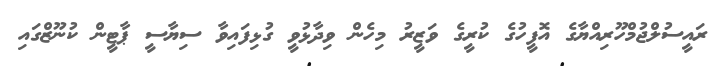
ރައީސުލްޖުމްހޫރިއްޔާގެ އޮފީހުގެ ކުރީގެ ވަޒީރު މިހެން ވިދާޅުވީ ގުޅިފައިވާ ސިޔާސީ ޕާޓީން ކުނޫޒްގައި